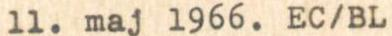
11. maj 1966. EC/BL